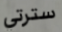
سترتي